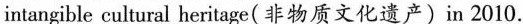
intangible cultural heritage(非物质文化遗产)in 2010.